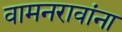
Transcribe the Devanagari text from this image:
वामनरावांना